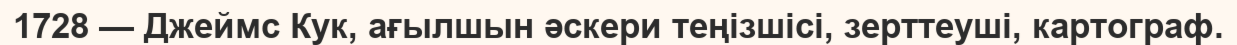
1728 — Джеймс Кук, ағылшын әскери теңізшісі, зерттеуші, картограф.